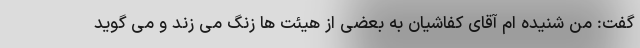
گفت: من شنیده ام آقای کفاشیان به بعضی از هیئت ها زنگ می زند و می گوید